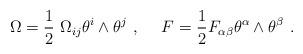
LaTeX: \begin{align*} \Omega = \frac{1}{2} \ \Omega_{ij} \theta^{i} \wedge \theta^{j} \ , \ \ \ \ F = \frac{1}{2} F_{\alpha \beta} \theta^{\alpha} \wedge \theta^{\beta} \ .\end{align*}